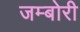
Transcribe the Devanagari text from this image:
जम्बोरी